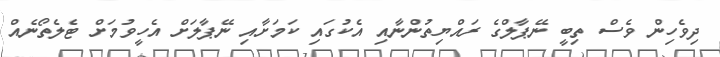
ދިވެހިން ވެސް ތިބީ ނޭޕާލްގެ ރައްޔިތުންނާއި އެކުގައި ކަމަށާއި ނޭޕާލަށް އެހީވުމަށް ޓެލެތޯނެއް